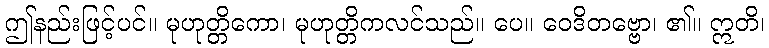
ဤနည်းဖြင့်ပင်။ မုဟုတ္တိကော၊ မုဟုတ္တိကလင်သည်။ ပေ။ ဝေဒိတဗ္ဗော၊ ၏။ ဣတိ၊